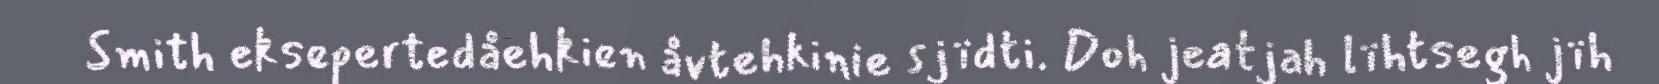
Smith eksepertedåehkien åvtehkinie sjïdti. Doh jeatjah lïhtsegh jïh